Report of the Indian Hemp Drugs Commission, 1894-1895 - Volume I
Year: 1894
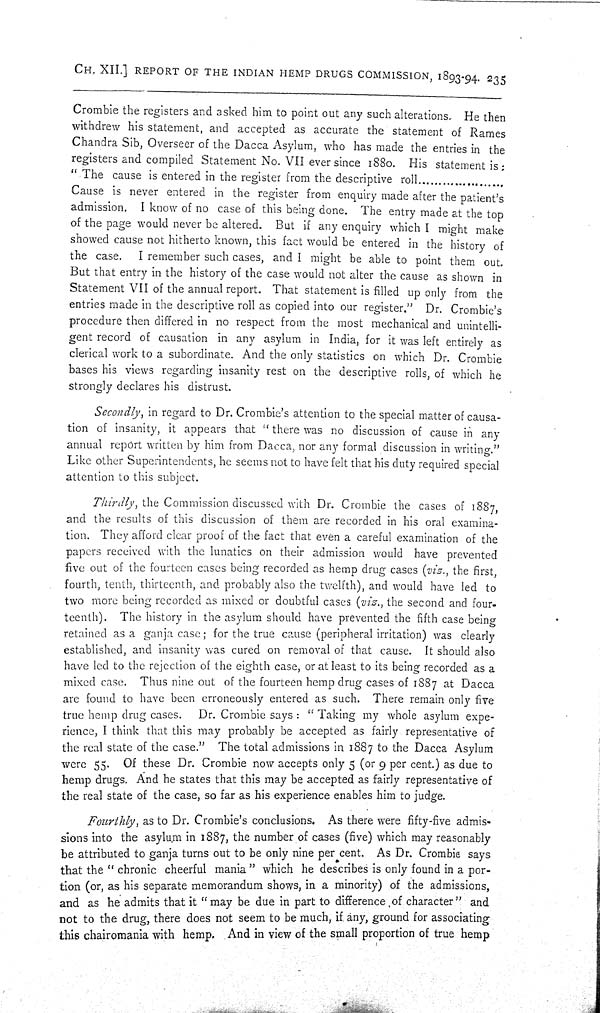
CH. XII.] REPORT OF THE INDIAN HEMP DRUGS COMMISSION, 1893-94. 235
Crombie the registers and asked him to point out any such alterations. He then
withdrew his statement, and accepted as accurate the statement of Rames
Chandra Sib, Overseer of the Dacca Asylum, who has made the entries in the
registers and compiled Statement No. VII ever since 1880. His statement is:
"The cause is entered in the register from the descriptive
roll.....................
Cause is never entered in the register from enquiry made after the patient's
admission. I know of no case of this being done. The entry made at the top
of the page would never be altered. But if any enquiry which I might make
showed cause not hitherto known, this fact would be entered in the history of
the case. I remember such cases, and I might be able to point them out.
But that entry in the history of the case would not alter the cause as shown in
Statement VII of the annual report. That statement is filled up only from the
entries made in the descriptive roll as copied into our register." Dr. Crombie's
procedure then differed in no respect from the most mechanical and unintelli-
gent record of causation in any asylum in India, for it was left entirely as
clerical work to a subordinate. And the only statistics on which Dr. Crombie
bases his views regarding insanity rest on the descriptive rolls, of which he
strongly declares his distrust.
Secondly, in regard to Dr. Crombie's attention to the special matter of causa-
tion of insanity, it appears that "there was no discussion of cause in any
annual report written by him from Dacca, nor any formal discussion in writing."
Like other Superintendents, he seems not to have felt that his duty required special
attention to this subject.
Thirdly, the Commission discussed with Dr. Crombie the cases of 1887,
and the results of this discussion of them are recorded in his oral examina-
tion. They afford clear proof of the fact that even a careful examination of the
papers received with the lunatics on their admission would have prevented
five out of the fourteen cases being recorded as hemp drug cases (viz., the first,
fourth, tenth, thirteenth, and probably also the twelfth), and would have led to
two more being recorded as mixed or doubtful cases (viz., the second and four-
teenth). The history in the asylum should have prevented the fifth case being
retained as a ganja case; for the true cause (peripheral irritation) was clearly
established, and insanity was cured on removal of that cause. It should also
have led to the rejection of the eighth case, or at least to its being recorded as a
mixed case. Thus nine out of the fourteen hemp drug cases of 1887 at Dacca
are found to have been erroneously entered as such. There remain only five
true hemp drug cases. Dr. Crombie says: "Taking my whole asylum expe-
rience, I think that this may probably be accepted as fairly representative of
the real state of the case." The total admissions in 1887 to the Dacca Asylum
were 55. Of these Dr. Crombie now accepts only 5 (or 9 per cent.) as due to
hemp drugs. And he states that this may be accepted as fairly representative of
the real state of the case, so far as his experience enables him to judge.
Fourthly, as to Dr. Crombie's conclusions. As there were fifty-five admis-
sions into the asylum in 1887, the number of cases (five) which may reasonably
be attributed to ganja turns out to be only nine per cent. As Dr. Crombie says
that the "chronic cheerful mania" which he describes is only found in a por-
tion (or, as his separate memorandum shows, in a minority) of the admissions,
and as he admits that it "may be due in part to difference of character" and
not to the drug, there does not seem to be much, if any, ground for associating
this chairomania with hemp. And in view of the small proportion of true hemp